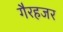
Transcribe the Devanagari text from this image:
गैरहजर